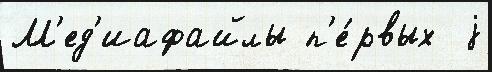
М'ед'иафайлы п'е́рвых  j